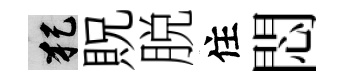
犯貺脱住悶